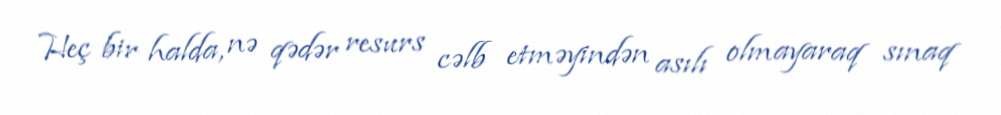
Heç bir halda, nə qədər resurs cəlb etməyindən asılı olmayaraq sınaq